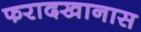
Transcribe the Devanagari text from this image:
फरादखानास